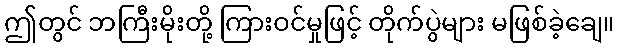
ဤတွင် ဘကြီးမိုးတို့ ကြားဝင်မှုဖြင့် တိုက်ပွဲများ မဖြစ်ခဲ့ချေ။